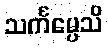
သင်္ကမ္ပေသိ